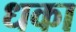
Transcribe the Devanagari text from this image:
धका